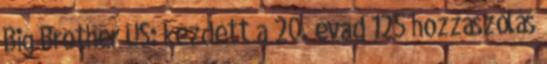
Big Brother US: kezdett a 20. évad 125 hozzászólás